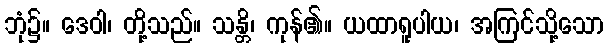
ဘုံ၌။ ဒေဝါ၊ တို့သည်။ သန္တိ၊ ကုန်၏။ ယထာရူပါယ၊ အကြင်သို့သော